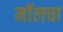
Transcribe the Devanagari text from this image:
मॉलचा